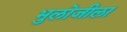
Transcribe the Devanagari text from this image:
भुलोजीला